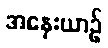
အနှေးယာဉ်